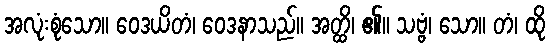
အလုံးစုံသော။ ဝေဒယိတံ၊ ဝေဒနာသည်။ အတ္ထိ၊ ၏။ သဗ္ဗံ၊ သော။ တံ၊ ထို